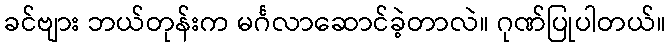
ခင်ဗျား ဘယ်တုန်းက မင်္ဂလာဆောင်ခဲ့တာလဲ။ ဂုဏ်ပြုပါတယ်။